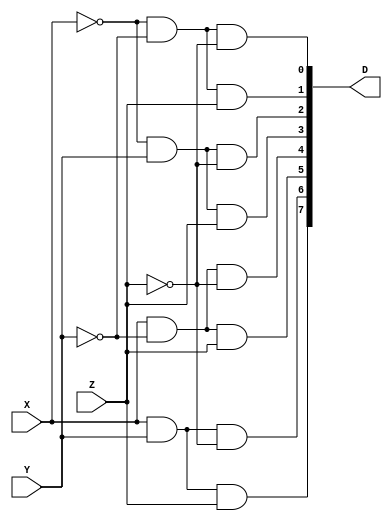
module decoder(D,X,Y,Z);
output [7:0] D;
input X,Y,Z;
assign D[0] = ~X & ~Y & ~Z;
assign D[1] = ~X & ~Y & Z;
assign D[2] = ~X & Y & ~Z;
assign D[3] = ~X & Y & Z;
assign D[4] =  X & ~Y & ~Z;
assign D[5] =  X & ~Y & Z;
assign D[6] =  X & Y & ~Z;
assign D[7] =  X & Y & Z;
endmodule